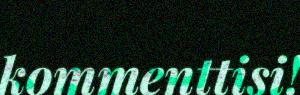
kommenttisi!